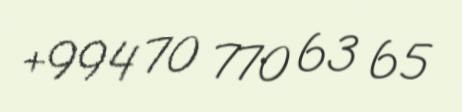
+994 70 770 63 65